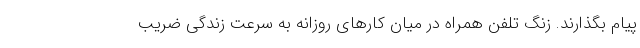
پیام بگذارند. زنگ تلفن همراه در میان کارهای روزانه به سرعت زندگی ضریب